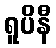
ရူပိနီ